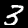
Label: 3